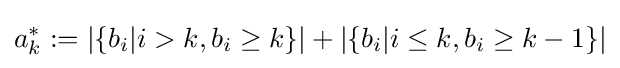
a_{k}^{*}:=|\{b_{i}|i>k,b_{i}\geq k\}|+|\{b_{i}|i\leq k,b_{i}\geq k-1\}|